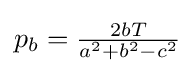
p_{b}={\tfrac {2bT}{a^{2}+b^{2}-c^{2}}}